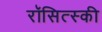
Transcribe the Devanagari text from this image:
रॉसित्स्की